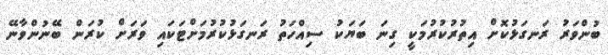
ބުންވަރު ރަނގަޅުކޮށް އިތުރުކުރުމަކީ ގިނަ ބަޔަކު ސިއްހަތު ރަނގަޅުކުރުމަށްޓަކައި ވަރަށް ކުރަން ބޭނުންވާނޭ